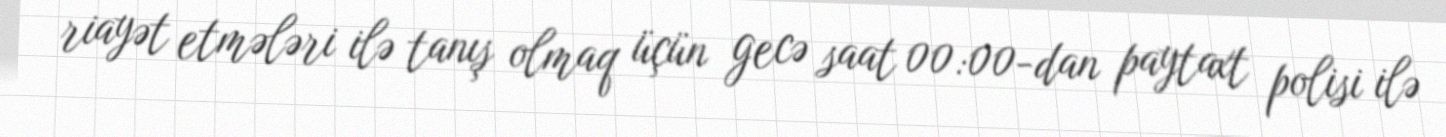
riayət etmələri ilə tanış olmaq üçün gecə saat 00:00-dan paytaxt polisi ilə